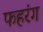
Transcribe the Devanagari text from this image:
फहरंग